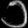
Digit: ၁